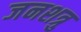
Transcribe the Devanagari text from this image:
जनशत्रु